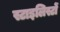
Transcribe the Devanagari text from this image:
स्टाइलिस्टों